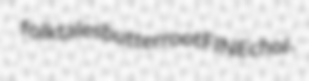
folktales butterroot FINE chol-